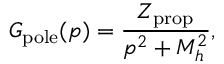
G _ { \mathrm { p o l e } } ( p ) = \frac { Z _ { \mathrm { p r o p } } } { p ^ { 2 } + M _ { h } ^ { 2 } } ,